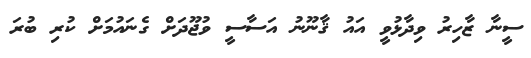
ސީނާ ޒާހިރު ވިދާޅުވީ އައު ޤާނޫނު އަސާސީ ވުޖޫދަށް ގެނައުމަށް ކުރި ބުރަ